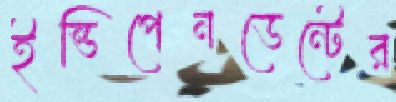
ইন্ডিপেনডেন্টের